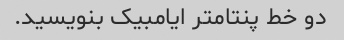
دو خط پنتامتر ایامبیک بنویسید.